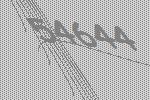
54644